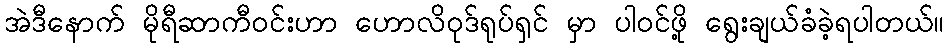
အဲဒီနောက် မိုရီဆာကီဝင်းဟာ ဟောလိဝုဒ်ရုပ်ရှင် မှာ ပါဝင်ဖို့ ရွေးချယ်ခံခဲ့ရပါတယ်။